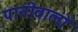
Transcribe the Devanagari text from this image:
पानीवालों